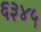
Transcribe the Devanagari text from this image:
६३४५